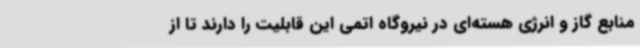
منابع گاز و انرژی هسته‌ای در نیروگاه اتمی این قابلیت را دارند تا از